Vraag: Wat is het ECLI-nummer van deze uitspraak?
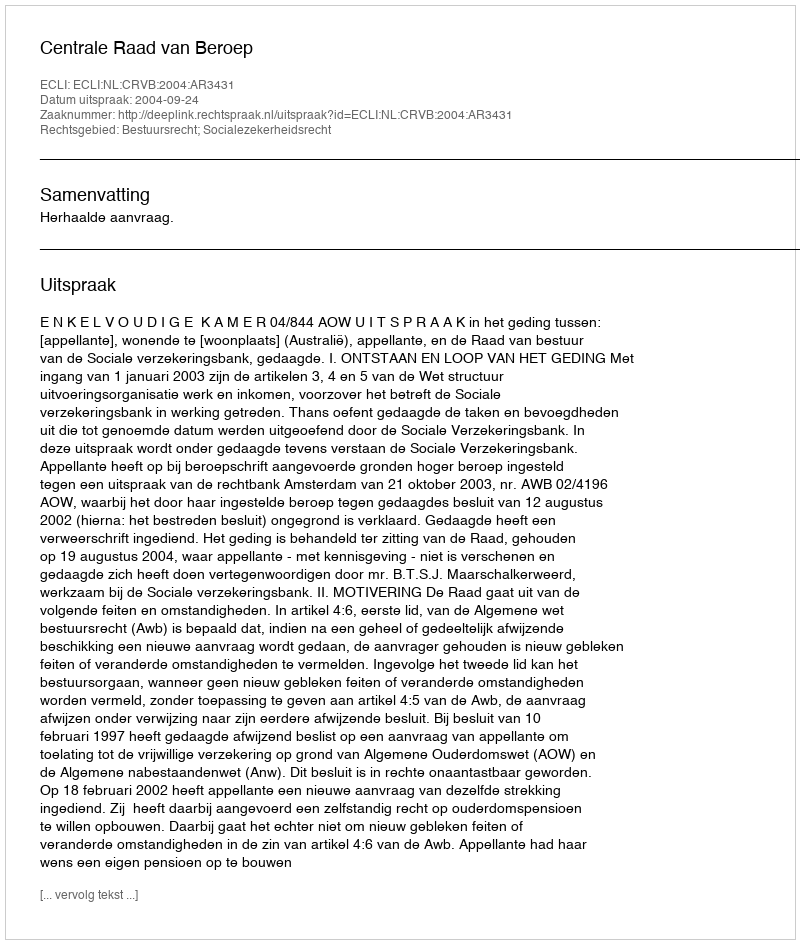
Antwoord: ECLI:NL:CRVB:2004:AR3431